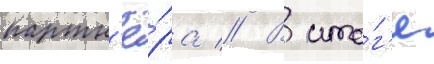
партн'ё́ра // В ито́г'е